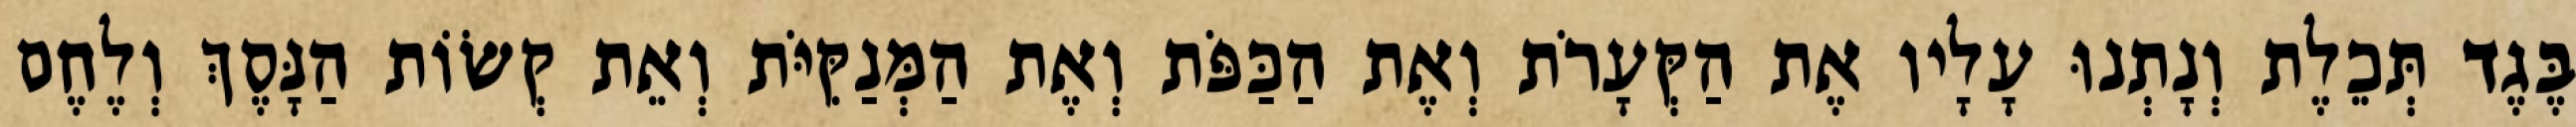
בֶּגֶד תְּכֵלֶת וְנָתְנוּ עָלָיו אֶת הַקְּעָרֹת וְאֶת הַכַּפֹּת וְאֶת הַמְּנַקִּיֹּת וְאֵת קְשׂוֹת הַנָּסֶךְ וְלֶחֶם